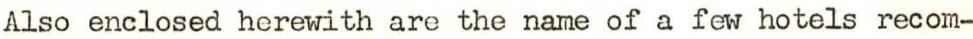
Also enclosed herewith are the name of a few hotels recom-